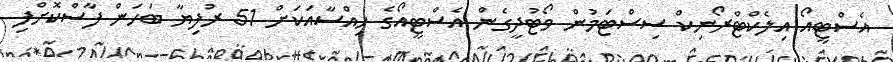
އެސްޓީއޯ އިލެކްޓްރޯނިކް ސިސްޓަމުން ވޯޓުދީގެން އެސްޓީއޯގެ ހިއްސާއަކަށް 51 ރުފިޔާ ބަހަން ފާސްކޮށްފި